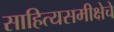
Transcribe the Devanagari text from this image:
साहित्यसमीक्षेचे